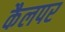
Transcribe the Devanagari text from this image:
कैलपर